Vaccination in Bombay 1902-1912 - 1902-1912
Year: 1902
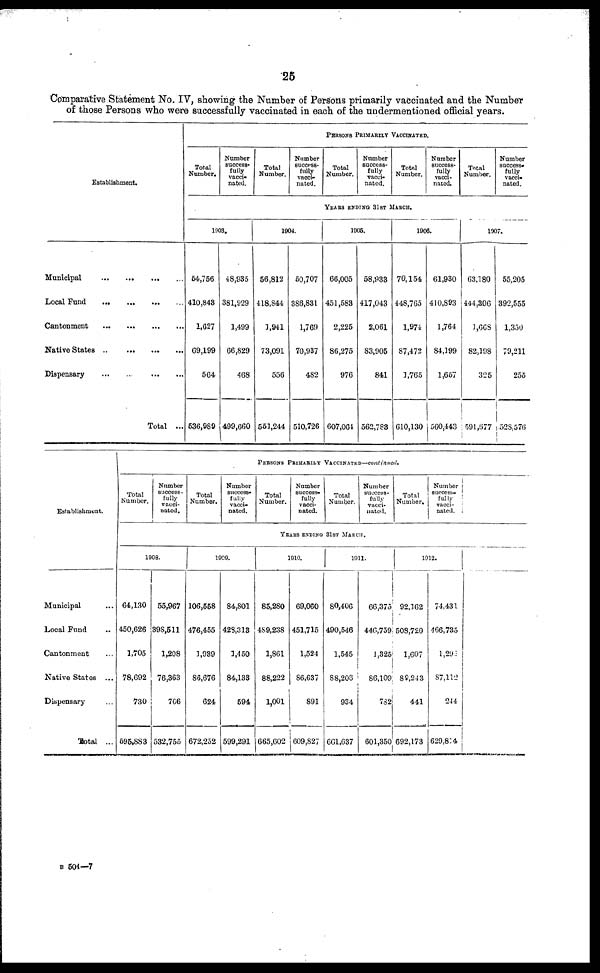
25
Comparative Statement No. IV, showing the Number of Persons primarily vaccinated and the Number
of those Persons who were successfully vaccinated in each of the undermentioned official years.
Establishment.
Municipal
...
...
...
...
Local Fund
...
...
...
...
Cantonment
...
...
...
...
Native States
...
...
...
...
Dispensary
...
...
...
...
Total ...
PERSONS PRIMARILY VACCINATED.
Total
Number.
Number
success-
fully
vacci-
nated.
Total
Number.
Number
success-
fully
vacci-
nated.
Total
Number.
Number
success-
fully
vacci-
nated.
Total
Number.
Number
success-
fully
vacci-
nated.
Total
Number.
Number
success-
fully
vacci-
nated.
YEARS ENDING 31ST MARCH.
1903.
54,756
410,843
1,627
69,199
564
536,989
48,935
381,929
1,499
66,829
468
499,660
1904.
56,812
418,844
1,941
73,091
556
551,244
50,707
386,831
1,769
70,937
482
510,726
1905.
66,005
451,583
2,225
86,275
976
607,064
58,933
417,043
2,061
83,905
841
562,783
1906.
70,154
448,765
1,974
87,472
1,765
610,130
61,930
410,893
1,764
84,199
1,657
560,443
1907.
63,180
444,306
1,668
82,198
325
591,677
55,205
392,555
1,350
79,211
255
528,576
Establishment.
Municipal ...
Local Fund ...
Cantonment ...
Native States ...
Dispensary ...
Total ...
PERSONS PRIMARILY VACCINATED—continued.
Total
Number.
Number
success-
fully
vacci-
nated.
Total
Number.
Number
success-
fully
vacci-
nated.
Total
Number.
Number
success-
fully
vacci-
nated.
Total
Number.
Number
success-
fully
vacci-
nated.
Total
Number.
Number
success-
fully
vacci-
nated.
YEARS ENDING 31ST MARCH.
1908.
64,130
450,626
1,705
78,692
730
595,883
55,967
398,511
1,208
76,363
706
532,755
1909.
106,558
476,455
1,939
86,676
624
672,252
84,801
428,313
1,450
84,133
594
599,291
1910.
85,280
489,238
1,861
88,222
1,001
665,602
69,060
451,715
1,524
86,637
891
609,827
1911.
80,406
490,546
1,545
88,206
934
661,637
66,375
446,759
1,325
86,109
782
601,350
1912.
92,162
508,720
1,607
89,243
441
692,173
74,431
466,735
1,292
87,112
244
629,814
B 504—7